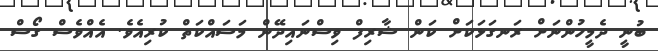
ބުނީ ދެމީހުންނަށް ރަނގަޅަކަށް ކަން ޝާރިފް ވިސްނައިދޭން މަސައްކަތް ކުރިއެވެ. އެއްވެސް ގޯސް